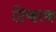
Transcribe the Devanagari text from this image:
टिकाक